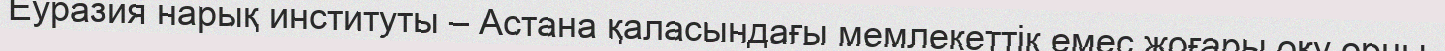
Еуразия нарық институты – Астана қаласындағы мемлекеттік емес жоғары оқу орны.